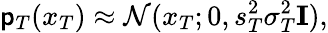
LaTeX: \mathsf{p}_{T}(x_{T})\approx\mathcal{{N}}(x_{T};0,s_{T}^{2}\sigma_{T}^{2}\mathbf{{I}}),